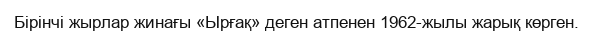
Бiрiнчi жырлар жинағы «Ырғақ» деген атпенен 1962-жылы жарық көрген.